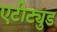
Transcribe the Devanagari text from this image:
एटीट्युड